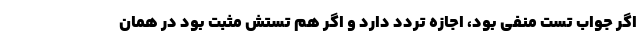
اگر جواب تست منفی بود، اجازه تردد دارد و اگر هم تستش مثبت بود در همان